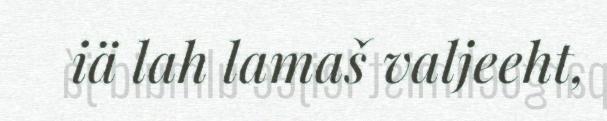
iä lah lamaš valjeeht,